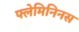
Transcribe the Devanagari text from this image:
फ्लेमिनिनस